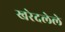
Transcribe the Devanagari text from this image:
खरेदलेले